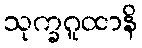
သုက္ခဂူထာနိ